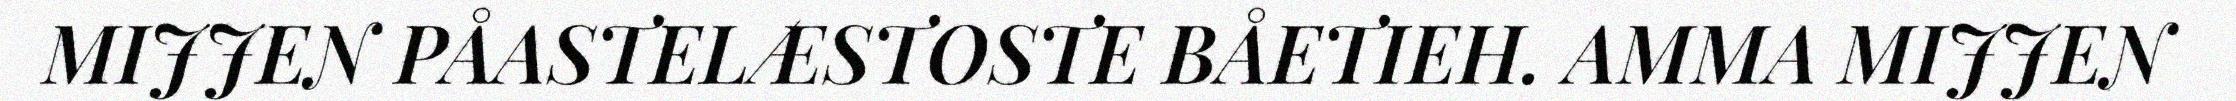
MIJJEN PÅASTELÆSTOSTE BÅETIEH. AMMA MIJJEN